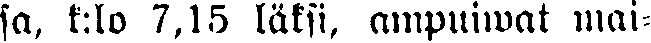
sa, k:lo 7,15 läksi, ampuiwat mai-